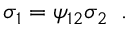
\sigma _ { 1 } = \psi _ { 1 2 } \sigma _ { 2 } \; \; .